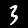
Label: 3